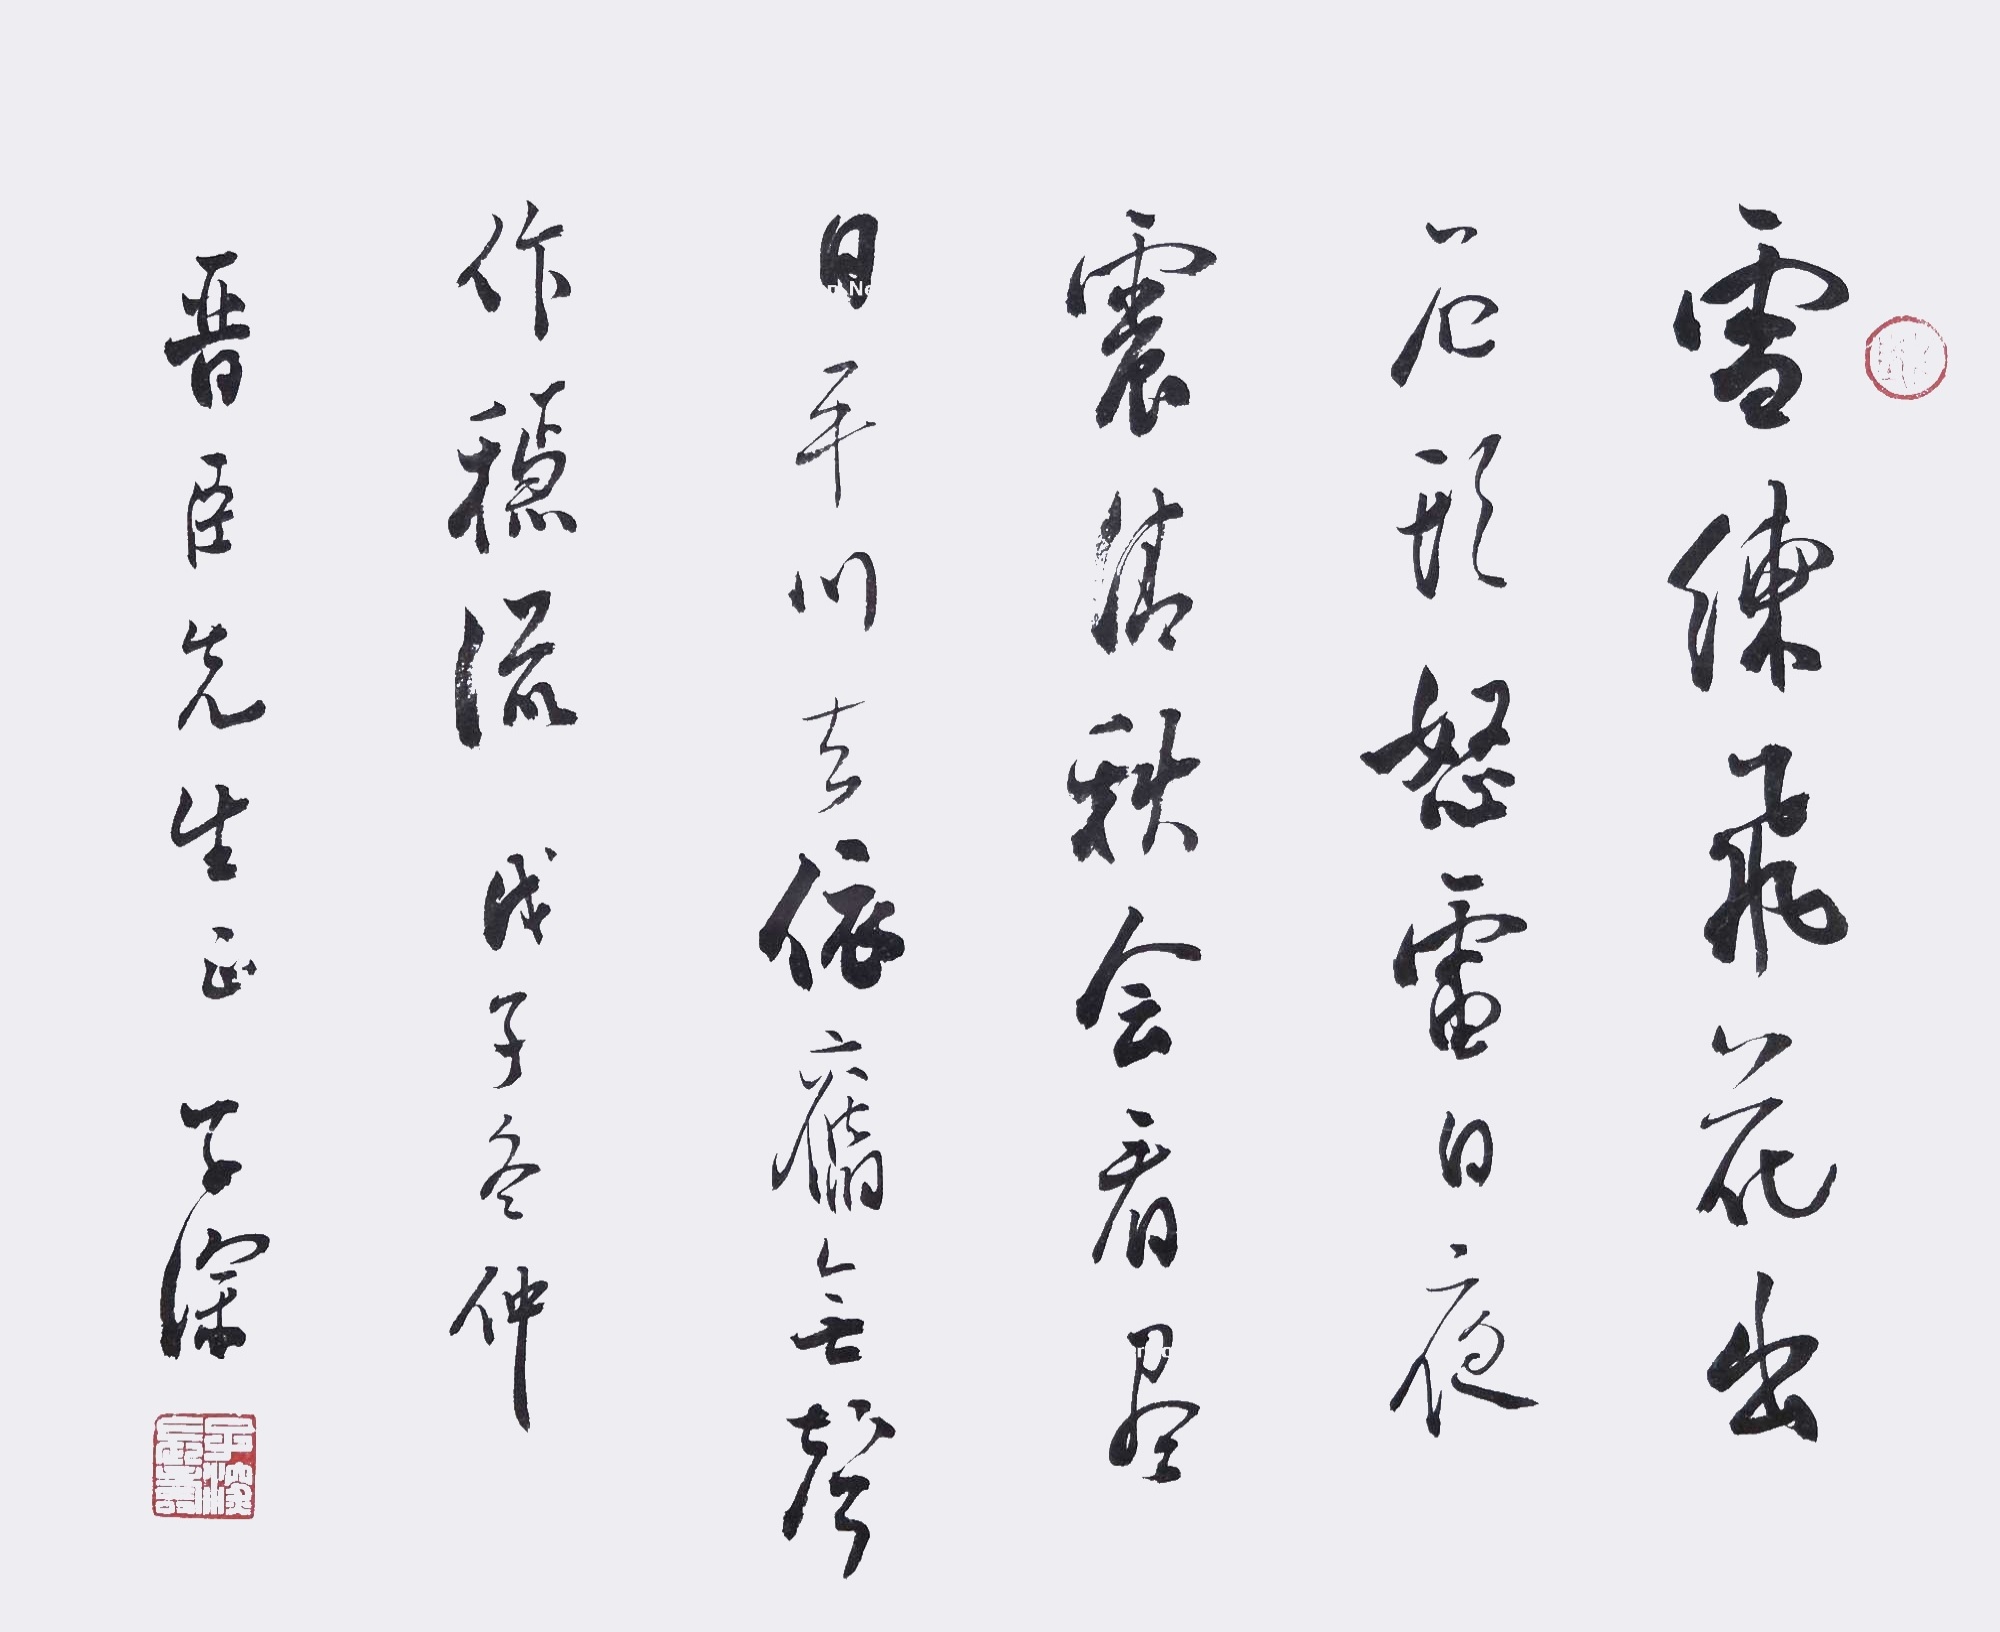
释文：雪练飞花出石形，怒雷日夜震清秋。会箱尽日平川去，依旧无声作稳流。戊子冬仲晋臣先生正。子深。